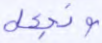
ونجعل